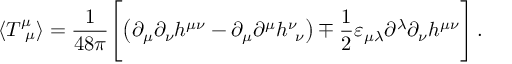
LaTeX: \langle T _ { \ \mu } ^ { \mu } \rangle = \frac { 1 } { 4 8 \pi } \Biggl [ \left( \partial _ { \mu } \partial _ { \nu } h ^ { \mu \nu } - \partial _ { \mu } \partial ^ { \mu } h _ { \ \nu } ^ { \nu } \right) \mp \frac { 1 } { 2 } \varepsilon _ { \mu \lambda } \partial ^ { \lambda } \partial _ { \nu } h ^ { \mu \nu } \Biggr ] \, .